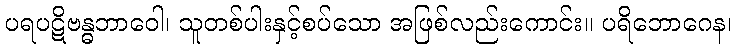
ပရပဋိဗန္ဓဘာဝေါ၊ သူတစ်ပါးနှင့်စပ်သော အဖြစ်လည်းကောင်း။ ပရိဘောဂေန၊